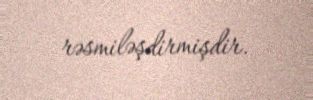
rəsmiləşdirmişdir.